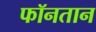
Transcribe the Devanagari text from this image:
फॉनतान